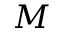
M